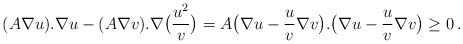
LaTeX: \begin{align*} (A\nabla u).\nabla u-(A\nabla v).\nabla\big(\frac{u^2}{v}\big)=A\big(\nabla u-\frac{u}{v}\nabla v\big).\big(\nabla u-\frac{u}{v}\nabla v\big)\geq 0\,.\end{align*}